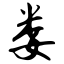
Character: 娄